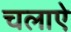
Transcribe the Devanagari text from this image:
चलाऐ